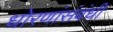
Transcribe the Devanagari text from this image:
धोरणांसंबंधी